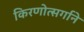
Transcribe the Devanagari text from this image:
किरणोत्सर्गाने